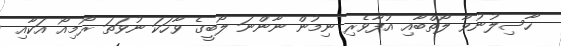
ހާސިލުނުވާ ލޯތްބާއި އުފާވެރި ނިމުން ނާންނަ ލޯބީގެ ވާހަކަ ނުވަތަ ރޯމިއޯ އަކާއި